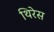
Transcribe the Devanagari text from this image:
थिरेस